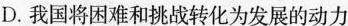
D.我国将困难和挑战转化为发展的动力